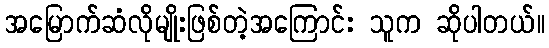
အမြောက်ဆံလိုမျိုးဖြစ်တဲ့အကြောင်း သူက ဆိုပါတယ်။